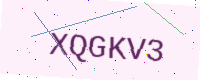
Text: XQGKV3